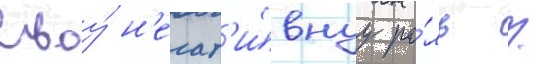
Своу́ н'егат'и́внуу ро́ль /